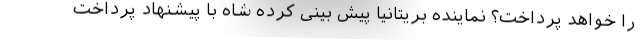
را خواهد پرداخت؟ نماینده بریتانیا پیش بینی کرده شاه با پیشنهاد پرداخت